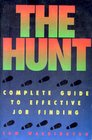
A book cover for The Hunt: Complete Guide to Effective Job Finding; Tom Washington; Business & Money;